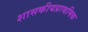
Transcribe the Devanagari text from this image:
शासकीयप्राथमिक